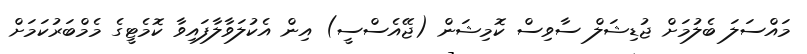
މައްސަލަ ބެލުމަށް ޖުޑިޝަލް ސާވިސް ކޮމިޝަން (ޖޭއެސްސީ) އިން އެކުލަވާލާފައިވާ ކޮމެޓީގެ މެމްބަރުކަމަށް